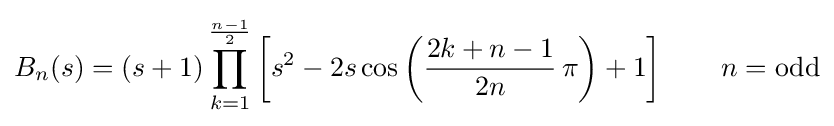
B_{n}(s)=(s+1)\prod _{k=1}^{\frac {n-1}{2}}\left[s^{2}-2s\cos \left({\frac {2k+n-1}{2n}}\,\pi \right)+1\right]\qquad n={\text{odd}}